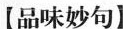
【品味妙句】